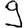
Digit: 9